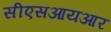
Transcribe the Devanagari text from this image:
सीएसआयआर